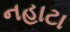
નહાટા